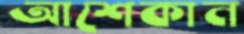
আশেকান